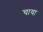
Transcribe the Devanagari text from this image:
चाया